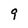
Character: 9